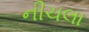
નીચલા